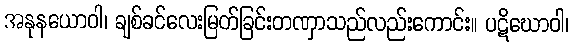
အနုနယောဝါ၊ ချစ်ခင်လေးမြတ်ခြင်းတဏှာသည်လည်းကောင်း။ ပဋိဃောဝါ၊